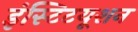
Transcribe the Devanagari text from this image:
इंस्टिटयूशन